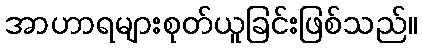
အာဟာရများစုတ်ယူခြင်းဖြစ်သည်။